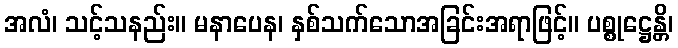
အလံ၊ သင့်သနည်း။ မနာပေန၊ နှစ်သက်သောအခြင်းအရာဖြင့်။ ပစ္စုဋ္ဌေန္တိ၊